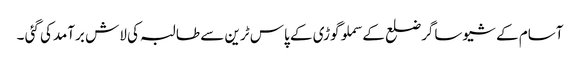
آسام کے شیوساگرضلع کے سملوگوڑی کے پاس ٹرین سے طالبہ کی لاش برآمدکی گئی ۔